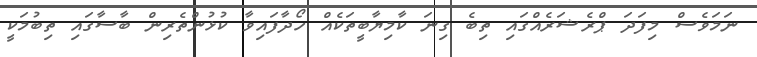
ނަމަވެސް މިފަދަ ޕްރެޝަރެއްގައި ތިބެ ގިނަ ކާމިޔާބީތަކެއް ހޯދާފައިވާ ކުޅުންތެރިން ބާސާގައި ތިބުމަކީ